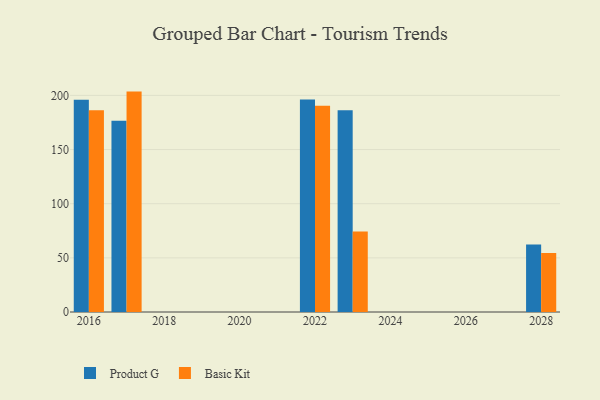
{"axis": {"x": "Year", "y": "Operating Costs (USD K)"}, "legend": ["Basic Kit", "Product G"], "data": [{"x": "2017", "y": 176.5, "type": "Product G"}, {"x": "2017", "y": 203.5, "type": "Basic Kit"}, {"x": "2022", "y": 196.1, "type": "Product G"}, {"x": "2022", "y": 190.4, "type": "Basic Kit"}, {"x": "2023", "y": 186.3, "type": "Product G"}, {"x": "2023", "y": 74.4, "type": "Basic Kit"}, {"x": "2016", "y": 196.0, "type": "Product G"}, {"x": "2016", "y": 186.3, "type": "Basic Kit"}, {"x": "2028", "y": 62.3, "type": "Product G"}, {"x": "2028", "y": 54.5, "type": "Basic Kit"}]}